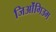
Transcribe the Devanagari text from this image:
जिओंगिउम